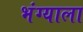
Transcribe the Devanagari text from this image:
भंग्याला